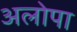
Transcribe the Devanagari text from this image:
अलोपा